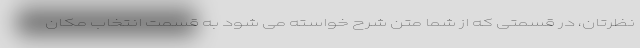
نظرتان، در قسمتی که از شما متن شرح خواسته می شود به قسمت انتخاب مکان